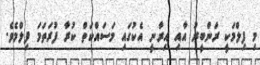
މި ފިލްމަކީ ރަންބީރު އާއި އިރާނީ އެކުގައި މަސައްކަތް ކުރާ ފުރަތަމަ ފިލްމެވެ.